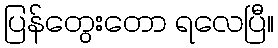
ပြန်တွေးတော ရလေပြီ။